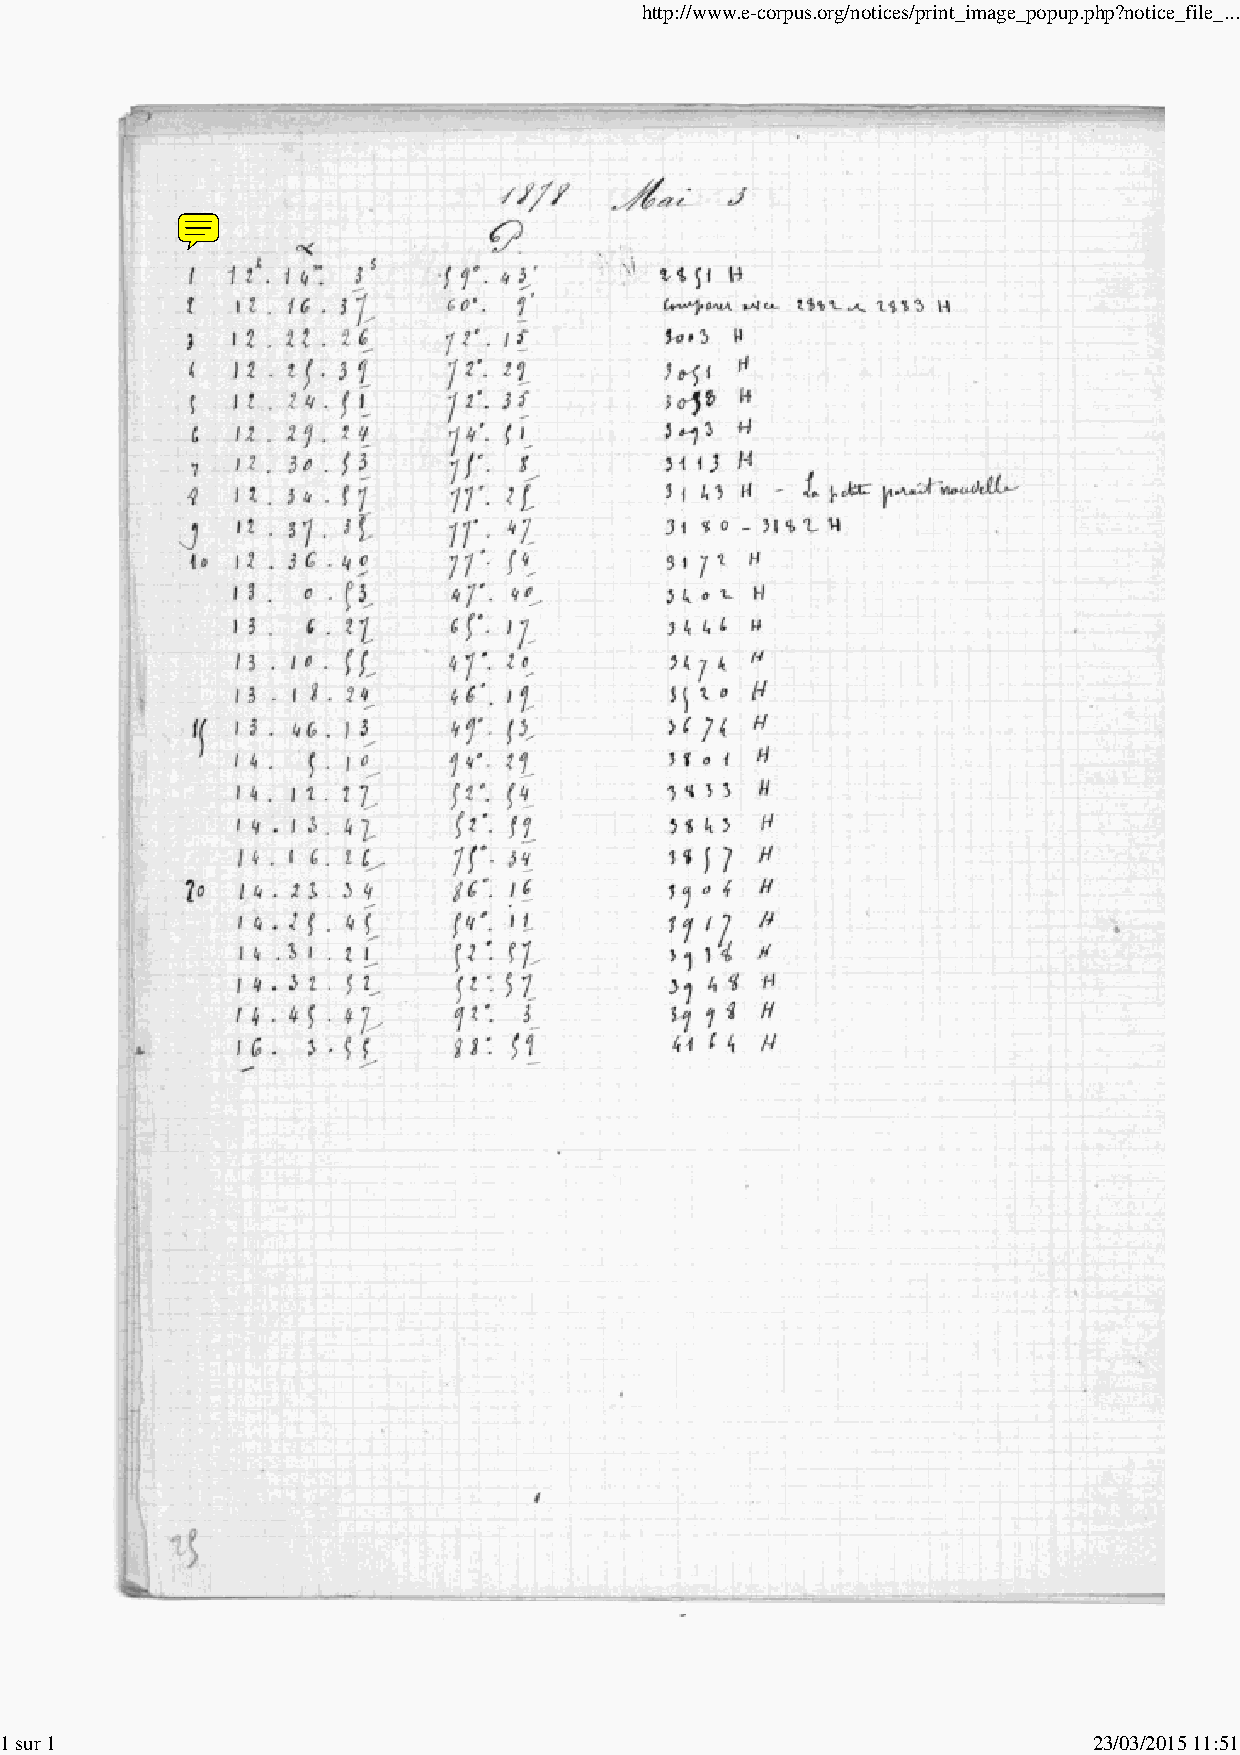
http://www.e-corpus.org/notices/print_image_popup.php?notice_file_...
 1 sur 1                                                                 23/03/2015 11:51